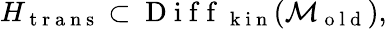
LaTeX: H_{\mathrm{~t~r~a~n~s~}}\subset\mathrm{~D~i~f~f~}_{\mathrm{~k~i~n~}}(\mathcal{M}_{\mathrm{~o~l~d~}}),